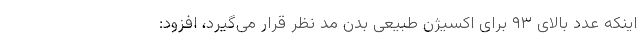
اینکه عدد بالای ۹۳ برای اکسیژن طبیعی بدن مد نظر قرار می‌گیرد، افزود: